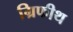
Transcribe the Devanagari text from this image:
ग्रिफीथ